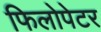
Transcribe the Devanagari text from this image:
फिलोपेटर